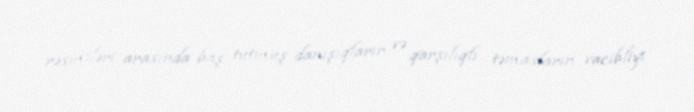
rəsmiləri arasında baş tutmuş danışıqların və qarşılıqlı təmasların vacibliyi